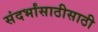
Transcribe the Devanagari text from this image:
संदर्भांसाठीसाठी